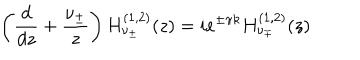
\left( \frac { d } { d z } + \frac { \nu _ { \pm } } { z } \right) H _ { \nu _ { \pm } } ^ { ( 1 , 2 ) } ( z ) = i e ^ { \pm \pi k } H _ { \nu _ { \mp } } ^ { ( 1 , 2 ) } ( z )